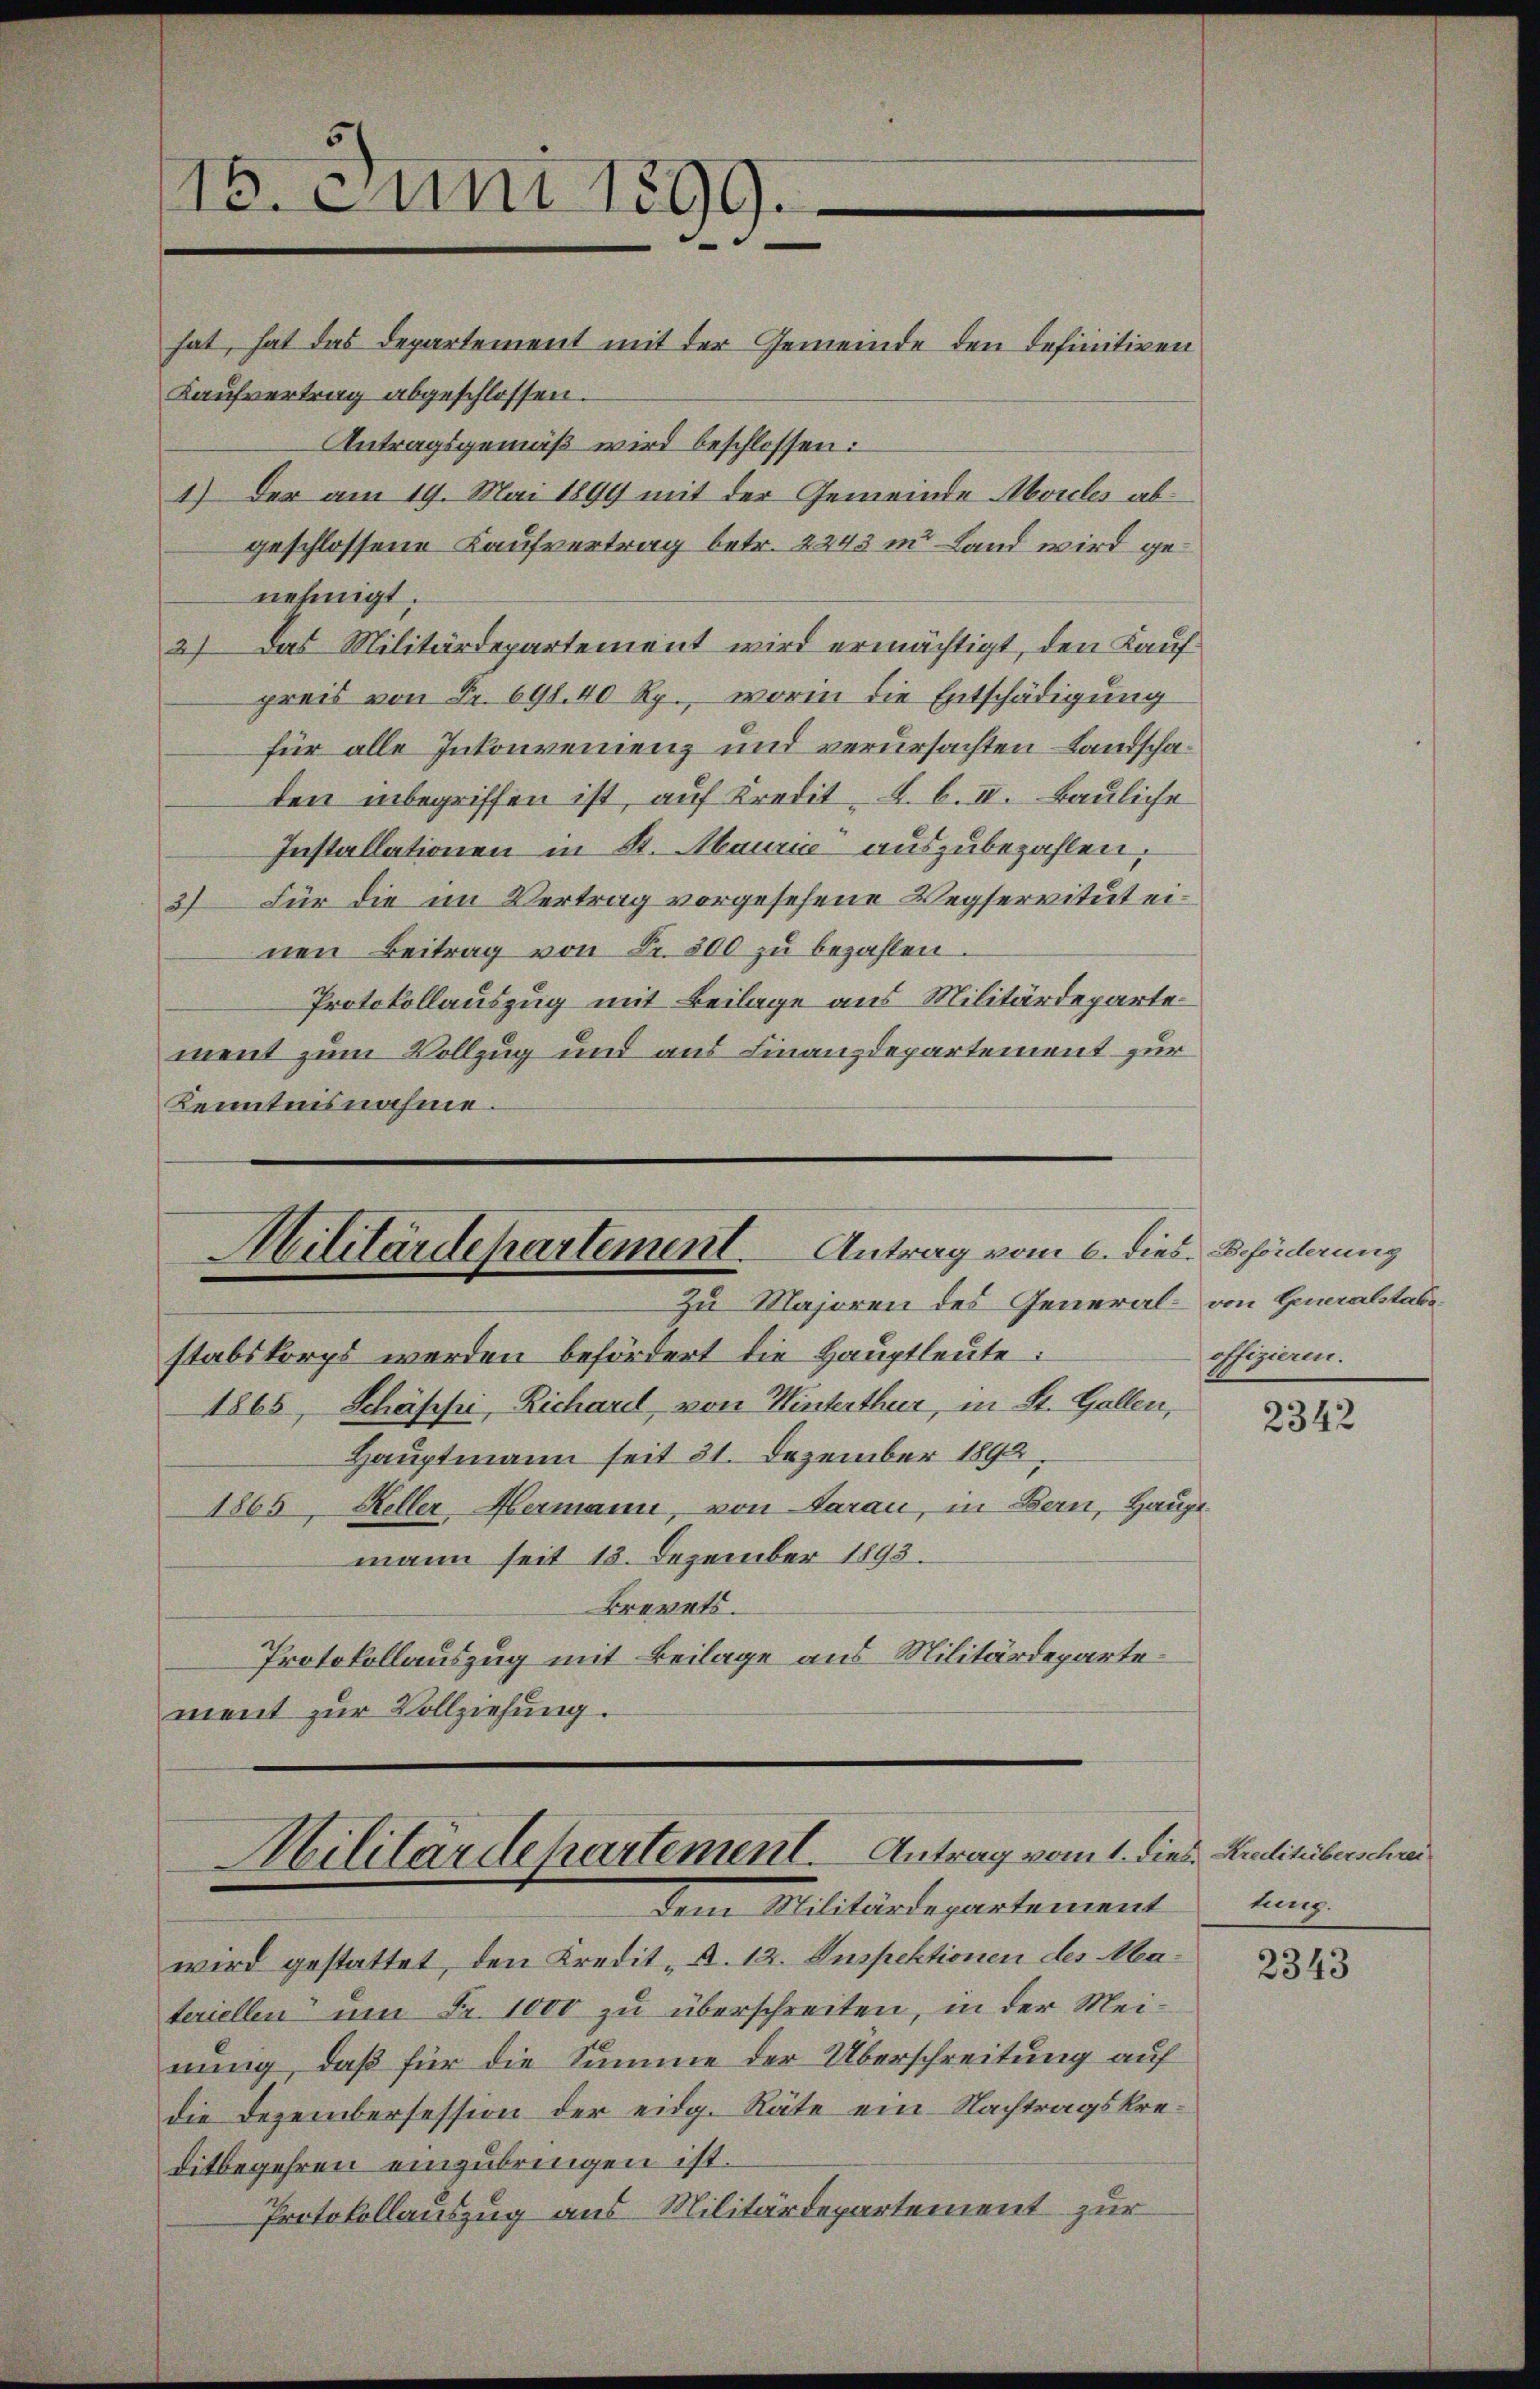
15. Juni 1899.

Militärdepartement. Antrag vom 6. dies Beförderung
Zu Majoren des General- von Generalstabestabskorps werden befördert die Hauptleute:
1865, Schäffer, Richael, von Winterthur, in St. Gallen,

hat, hat das Departement mit der Gemeinde den definitiven
Kaufvertrag abgeschlossen.
Antragsgemäß wird beschlossen:
1) Der am 19. Mai 1899 mit der Gemeinde Morcles abgeschlossene Kaufvertrag betr. 2243 in Land wird genehmigt.
2) Das Militärdepartement wird ermächtigt, den Kaufpreis von Fr. 691. 40 Rp., worin die Entschädigung
für alle Inkonvenienz und verursachten Landschaden inbegriffen ist, auf Kredit. b. II. Bauliche
Installationen in St. Maurić auszubezahlen,
3) Für die im Vertrag vorgesehene Vegservitut einen Beitrag von Fr. 300 zu bezahlen
Protokollauszug mit Beilage aus Militärdepartement zum Vollzug und aus Finanzdepartement zur
Kenntnisnahme.

Hauptmann seit 21. Dezember 1892
1865, Heller, Hermann, von Aarau, in Bern, Haupt
mann seit 13. Dezember 1893.
Breerts.
Protokollauszug mit Beilage aus Militärdepartement zur Vollziehung.

Militärdepartement. Antrag vom 1. dies Kreditüberschrei
dem Militärdepartement

wird gestattet, den Kredit „A. 12. Inspektionen des Materiellen um Fr. 1000 zu überschreiten, in der Meinung, daß für die Summe der Überschreitung auf
die Dezembersession der eidg. Räte ein Nachtragskreditbegehren einzubringen ist.
Protokollauszug aus Militärdepartement zur

offizieren.

2342

tung.

2343